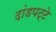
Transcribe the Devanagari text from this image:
दांडपट्टे